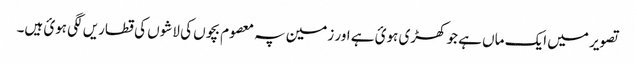
تصویر میں ایک ماں ہے جو کھڑی ہوئ ہے اور زمین پہ معصوم بچوں کی لاشوں کی قطاریں لگی ہوئ ہیں۔